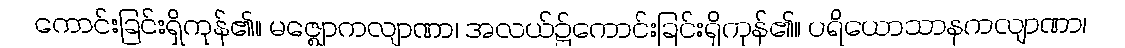
ကောင်းခြင်းရှိကုန်၏။ မဇ္ဈောကလျာဏာ၊ အလယ်၌ကောင်းခြင်းရှိကုန်၏။ ပရိယောသာနကလျာဏာ၊